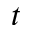
t